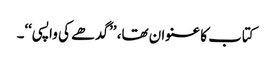
کتاب کا عنوان تھا، ’’گدھے کی واپسی‘‘۔